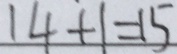
1 4 + 1 = 1 5